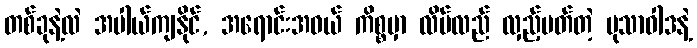
တစ်ခုနဲ့လဲ အပါယ်ကျနိုင်, အရောင်းအဝယ် ကိစ္စမှာ လိမ်လည် လှည့်ပတ်တဲ့ မုသာဝါဒနဲ့